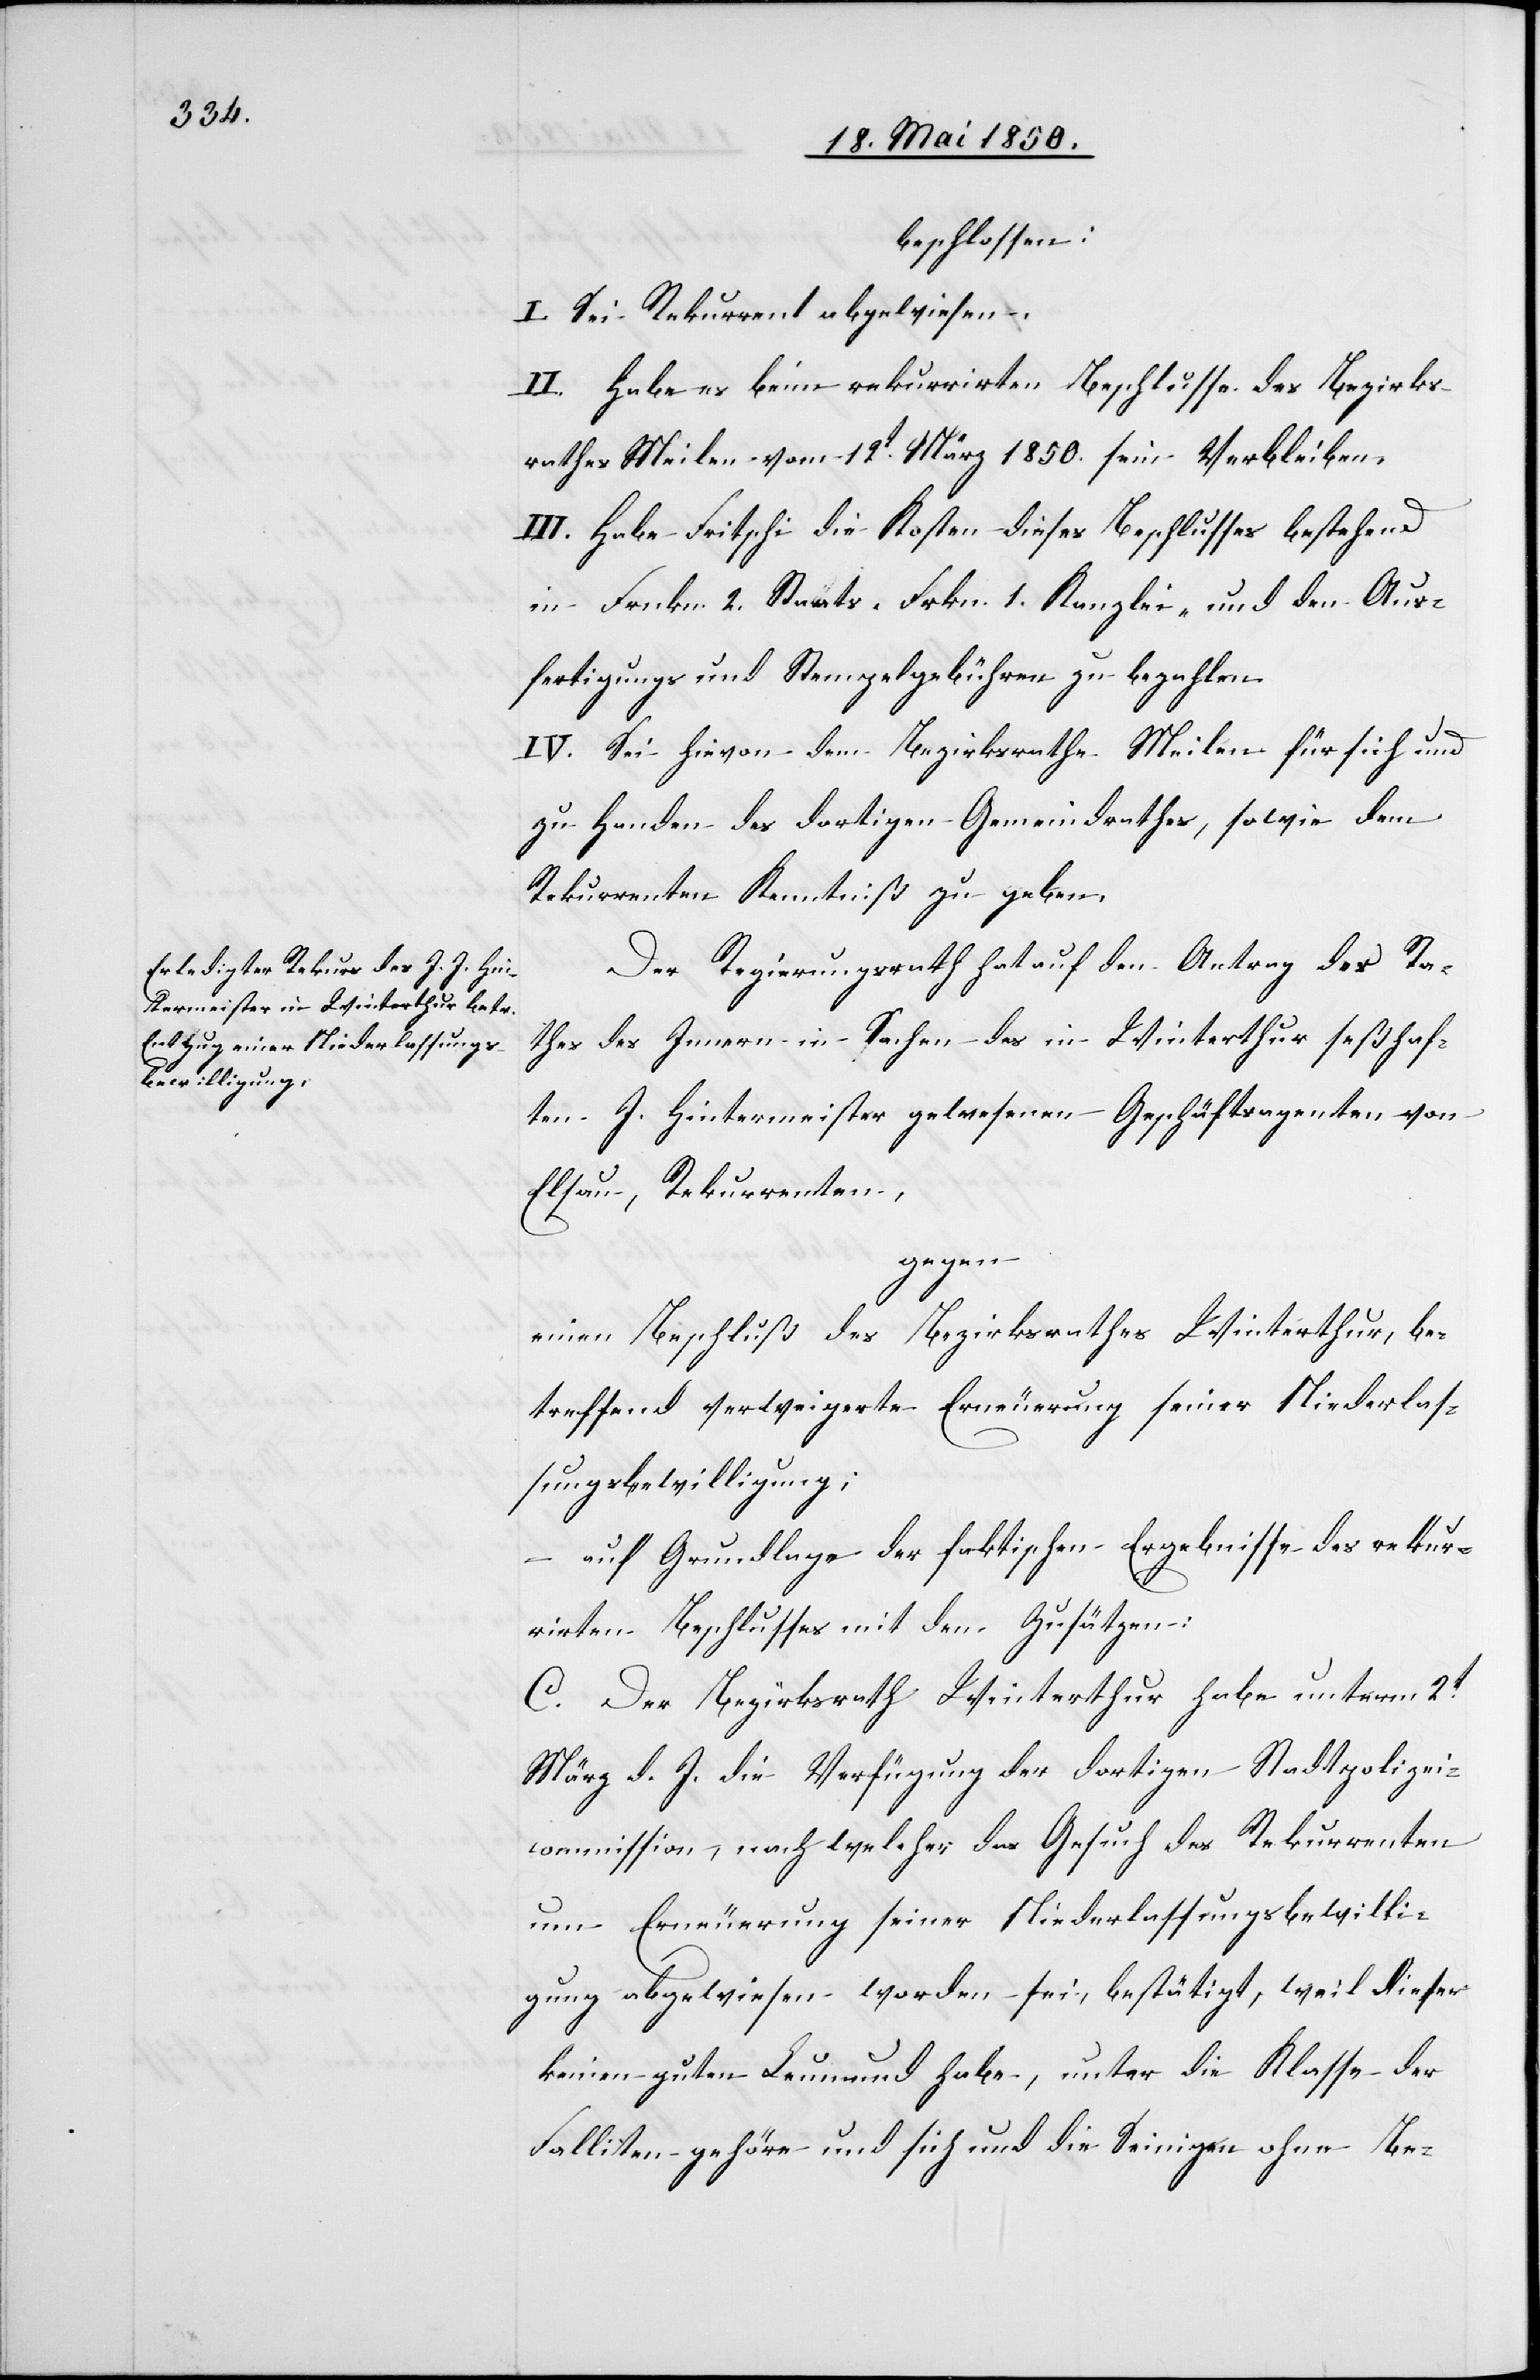
beschlossen:
I. Sei Rekurrent abgewiesen.
II. Habe es beim rekurrirten Beschlusse des Bezirks¬
rathes Meilen vom 11t März 1850. sein Verbleiben.
III. Habe Fritschi die Kosten dieses Beschlusses bestehend
in Frnkn. 2. Staats-[,] Frkn. 1. Kanzlei- und den Aus¬
fertigungs[-] und Stempelgebühren zu bezahlen.
IV. Sei hievon dem Bezirkrathe Meilen für sich und
zu Handen des dortigen Gemeindrathes, sowie dem
Rekurrenten Kenntniß zu geben.
Der Regierungsrath hat auf den Antrag des Ra¬
thes des Innern in Sachen des in Winterthur seßhaf¬
ten J. Hintermeister gewesenen Geschäftsagenten von
Elsau, Rekurrenten,
gegen
einen Beschluß des Bezirksrathes Winterthur, be¬
treffend verweigerte Erneuerung seiner Niederlas¬
sungsbewilligung;
– auf Grundlage der faktischen Ergebnisse des rekur¬
rirten Beschlusses mit den Zusätzen:
C. Der Bezirksrath Winterthur habe unterm 2t
März d. J. die Verfügung der dortigen Stadtpolizei¬
commission, nach welcher das Gesuch des Rekurrenten
um Erneuerung seiner Niederlassungsbewilli¬
gung abgewiesen worden sei, bestätigt, weil dieser
keinen guten Leumund habe, unter die Klasse der
Falliten gehöre und sich und die Seinigen ohne Be-